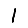
Digit: 1